Report of the Bombay Veterinary College
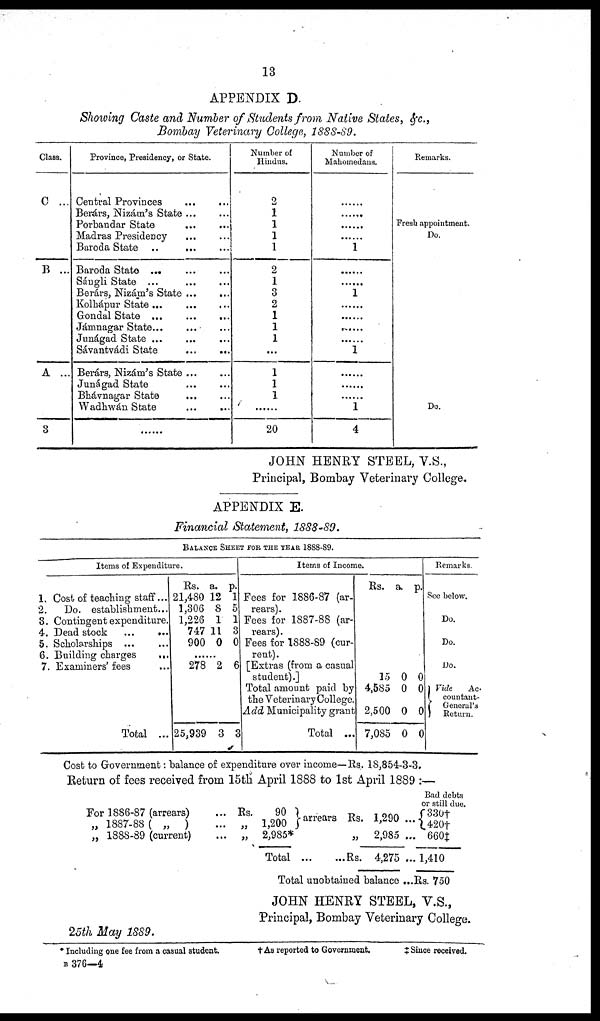
13
APPENDIX D.
Showing Caste and Number of Students from Native States, &c.,
Bombay Veterinary College, 1888-89.
Class.
C...
B ...
A ...
3
Province, Presidency, or State.
Central Provinces
...
...
Berárs, Nizám's State ... ...
Porbandar State
...
...
Madras Presidency
...
...
Baroda State
...
...
Baroda State ... ...
Sángli State
...
...
Berárs, Nizám's State ...
...
Kolhápur
State...
...
Gondal
State...
...
Jámnagar State... ...
Junágad State... ...
Sávantvádi State
...
...
Berárs, Nizám's
State...
...
Junágad State ... ...
Bhávnagar State ... ...
Wadhwán State
...
...
...
Number of
Hindus.
2
1
1
1
1
2
1
3
2
1
1
1
...
1
1
1
... ...
20
Number of
Mahomedans.
... ...
... ...
... ...
... ...
1
... ...
... ...
1
... ...
... ...
... ...
... ...
1
... ...
... ...
... ...
1
4
Remarks.
... ...
... ...
Fresh appointment.
Do.
... ...
... ...
... ...
... ...
... ...
... ...
... ...
... ...
... ...
... ...
... ...
... ...
Do.
... ...
JOHN HENRY STEEL, V.S.,
Principal, Bombay Veterinary College.
APPENDIX E.
Financial Statement, 1888-89.
BALANCE SHEET FOR THE YEAR 1888-89.
Items of Expenditure.
1. Cost of teaching staff...
2.
Do. establishment...
3. Contingent expenditure.
4. Dead stock
...
...
5. Scholarships ... ...
6. Building charges
...
7. Examiners' fees ...
Total ...
Rs.
21,480
1,306
1,226
747
900
278
25,939
a.
12
8
1
11
0
2
3
p.
1
5
1
3
0
6
3
Items of Income.
Fees for 1886-87 (ar-
rears).
Fees for 1887-88 (ar-
rears).
Fees for 1888-89 (cur-
rent).
[Extras (from a casual
student).]
Total amount paid by
the Veterinary College.
Add Municipality grant
Total ...
Rs.
15
4,585
2,500
7,085
a.
0
0
0
0
p.
0
0
0
0
Remarks.
See below.
Do.
Do.
Do.
Vide
Ac-
} countant
General's Return.
Cost to Government : balance of expenditure over income—Rs. 18,854-3-3.
Return of fees received from 15th April 1888 to 1st April 1889 :—
For 1886-87 (arrears)
„ 1887-88 ( „ )
„ 1888-89 (current)
...
...
Rs.
... „ 1,200 }arrears
... „ 2,985 *
Total...
...Rs.
Rs. 1,290
2,985
4,275
...
...
...
Bad debts
or still due.
{330†
420†
660‡
1,410
25th May 1889.
Total unobtained balance ...Rs. 750
JOHN HENRY STEEL, V.S.,
Principal, Bombay Veterinary College.
* Including one fee from a casual student.
B 376—4
† As reported to Government.
‡ Since received.